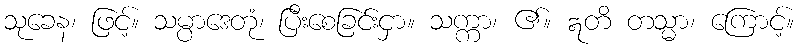
သုခေန၊ ဖြင့်။ သမ္ပာဒေတုံ၊ ပြီးစေခြင်းငှာ။ သက္ကာ၊ ၏။ ဣတိ တသ္မာ၊ ကြောင့်။